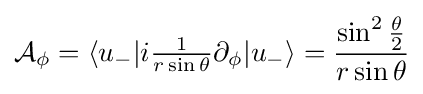
{\mathcal {A}}_{\phi }=\langle u_{-}|i{\tfrac {1}{r\sin {\theta }}}\partial _{\phi }|u_{-}\rangle ={\frac {\sin ^{2}{\theta  \over 2}}{r\sin {\theta }}}